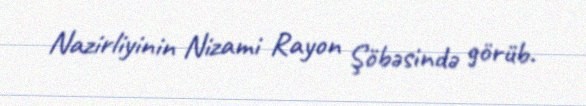
Nazirliyinin Nizami Rayon Şöbəsində görüb.